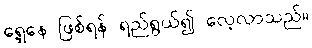
ရှေ့နေ ဖြစ်ရန် ရည်ရွယ်၍ လေ့လာသည်။